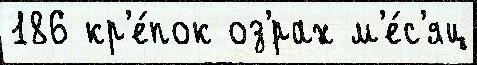
186 кр'е́пок оз'́рах м'е́с'яц